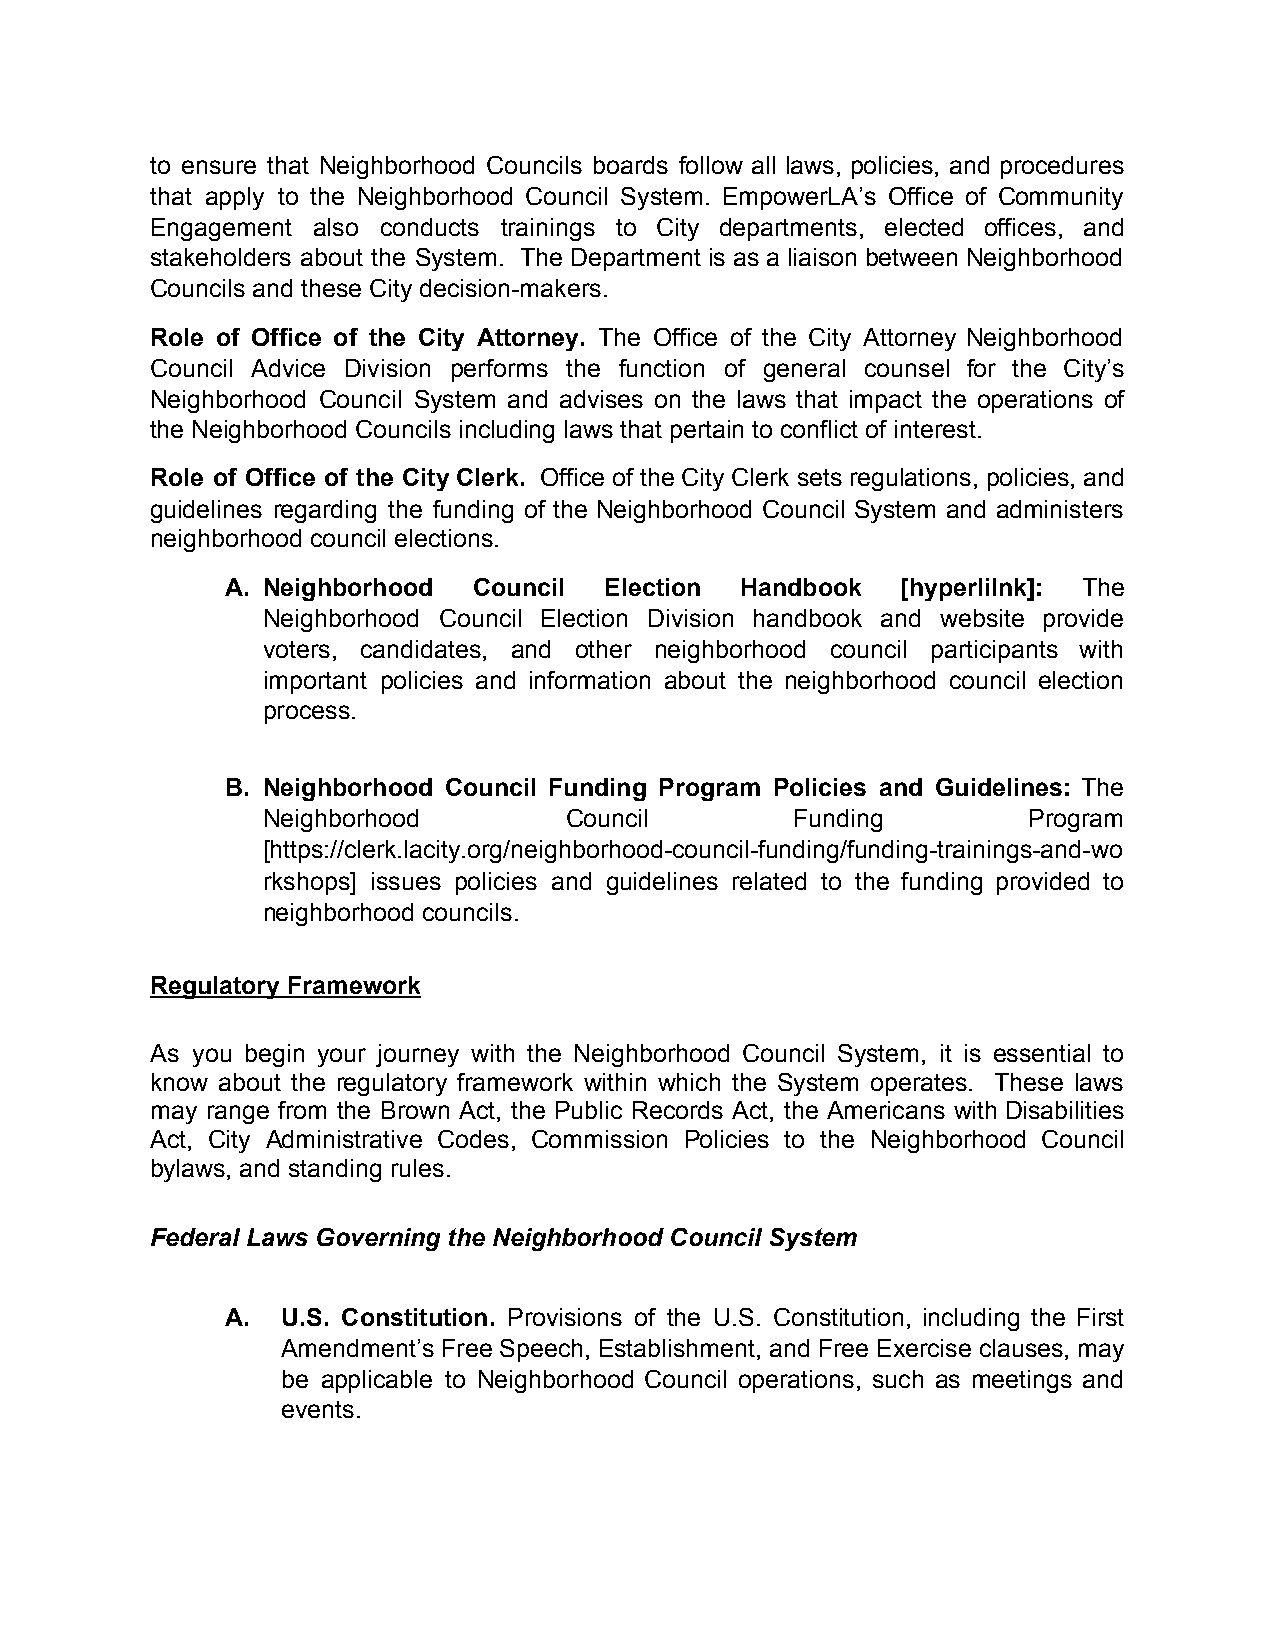
to ensure that Neighborhood Councils boards follow all laws, policies, and procedures
 that apply to the Neighborhood Council System. EmpowerLA’s Office of Community
 Engagement also conducts trainings to City departments, elected offices, and
 stakeholders about the System. The Department is as a liaison between Neighborhood
 Councils and these City decision-makers.
 Role of Office of the City Attorney. The Office of the City Attorney Neighborhood
 ​
 Council Advice Division performs the function of general counsel for the City’s
 Neighborhood Council System and advises on the laws that impact the operations of
 the Neighborhood Councils including laws that pertain to conflict of interest.
 Role of Office of the City Clerk. Office of the City Clerk sets regulations, policies, and
 ​
 guidelines regarding the funding of the Neighborhood Council System and administers
 neighborhood council elections.
 A. Neighborhood Council  Election Handbook   [hyperlilnk]: The
 Neighborhood Council Election Division handbook and website provide
 voters, candidates, and other neighborhood council participants with
 important policies and information about the neighborhood council election
 process.
 B. Neighborhood Council Funding Program Policies and Guidelines: The
 Neighborhood        Council         Funding        Program
 [https://clerk.lacity.org/neighborhood-council-funding/funding-trainings-and-wo
 rkshops] issues policies and guidelines related to the funding provided to
 neighborhood councils.
 Regulatory Framework
 As you begin your journey with the Neighborhood Council System, it is essential to
 know about the regulatory framework within which the System operates. These laws
 may range from the Brown Act, the Public Records Act, the Americans with Disabilities
 Act, City Administrative Codes, Commission Policies to the Neighborhood Council
 bylaws, and standing rules.
 Federal Laws Governing the Neighborhood Council System
 A.  U.S. Constitution. Provisions of the U.S. Constitution, including the First
 Amendment’s Free Speech, Establishment, and Free Exercise clauses, may
 be applicable to Neighborhood Council operations, such as meetings and
 events.